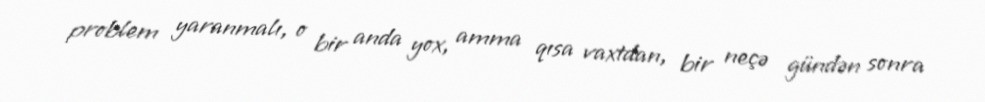
problem yaranmalı, o bir anda yox, amma qısa vaxtdan, bir neçə gündən sonra